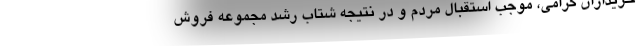
خریداران گرامی، موجب استقبال مردم و در نتیجه شتاب رشد مجموعه فروش